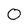
Character: 0